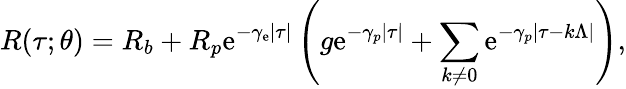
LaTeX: R(\tau;\theta)=R_{b}+R_{p}\mathrm{e}^{-\gamma_{\mathrm{e}}|\tau|}\left(g\mathrm{e}^{-\gamma_{p}|\tau|}+\sum_{k\neq0}\mathrm{e}^{-\gamma_{p}|\tau-k\Lambda|}\right),